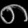
Digit: ၈